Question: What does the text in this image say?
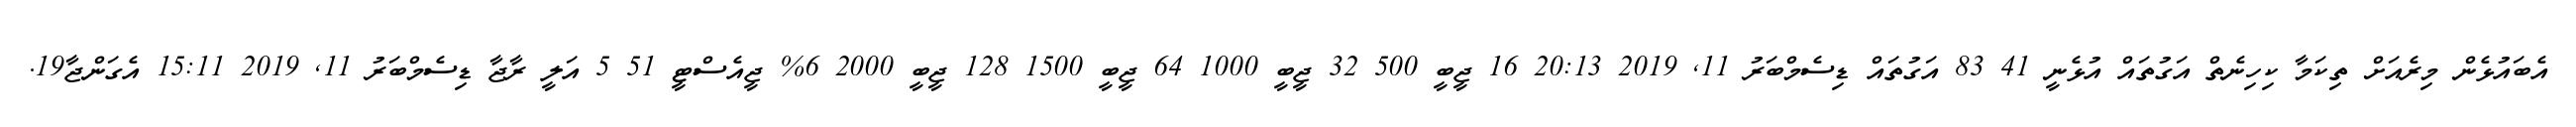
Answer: އެބައުޅެން މިރެއަށް ތިކަމާ ކިހިނެތް އަގުތައް އުޅެނީ 41 83 އަގުތައް ޑިސެމްބަރު 11, 2019 20:13 16 ޖީބީ 500 32 ޖީބީ 1000 64 ޖީބީ 1500 128 ޖީބީ 2000 6% ޖީއެސްޓީ 51 5 އަލީ ރާޖާ ޑިސެމްބަރު 11, 2019 15:11 އެގަންޖާ19.